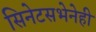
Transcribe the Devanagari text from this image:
सिनेटसभेनेही